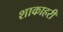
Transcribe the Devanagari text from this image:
शाकाहरी